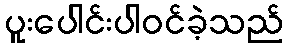
ပူးပေါင်းပါဝင်ခဲ့သည်